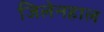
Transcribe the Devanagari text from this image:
जिलेनहाल